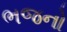
ભજનો